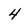
Character: 4